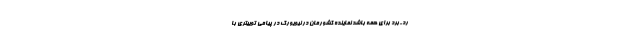
رد-برد برای همه باشد نماینده کشورمان در نیویورک در پیامی توییتری با